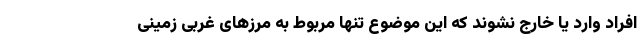
افراد وارد یا خارج نشوند که این موضوع تنها مربوط به مرزهای غربی زمینی